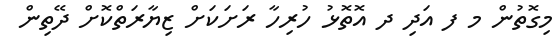
މިގޮތުން މ ފ އަދި ދ އޮތޮޅު ހުރިހާ ރަށަކަށް ޒިޔާރަތްކޮށް ދޭތިން